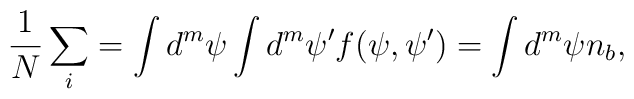
{1\over N}\sum_i=\int d^m\psi\int d^m\psi' f(\psi,\psi')=\int d^m\psi n_b,